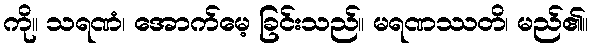
ကို။ သရဏံ၊ အောက်မေ့ ခြင်းသည်။ မရဏဿတိ၊ မည်၏။